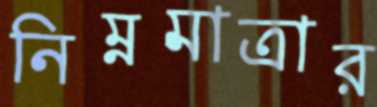
নিম্নমাত্রার